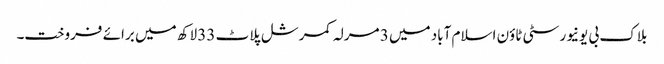
بلاک بی یونیورسٹی ٹاؤن اسلام آباد میں 3 مرلہ کمرشل پلاٹ 33 لاکھ میں برائے فروخت۔